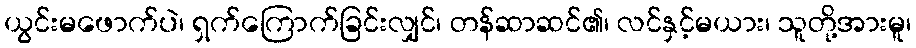
ယွင်းမဖောက်ပဲ၊ ရှက်ကြောက်ခြင်းလျှင်၊ တန်ဆာဆင်၏၊ လင်နှင့်မယား၊ သူတို့အားမူ၊